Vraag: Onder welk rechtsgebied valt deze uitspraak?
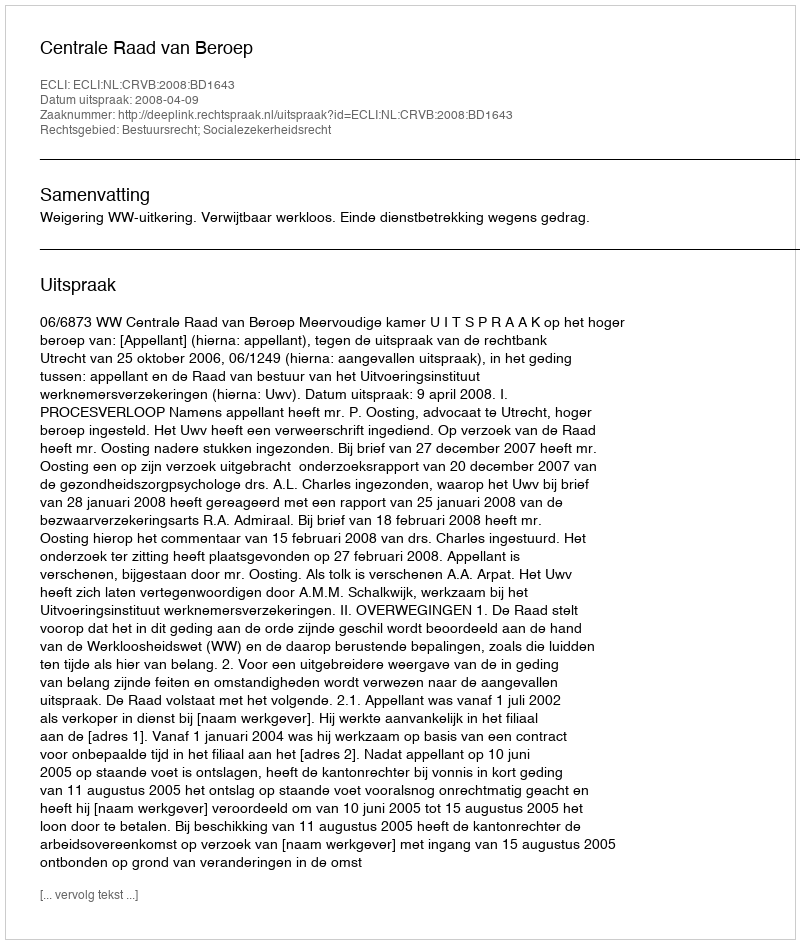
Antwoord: Bestuursrecht; Socialezekerheidsrecht